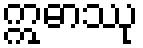
ဣဓာဿု